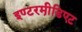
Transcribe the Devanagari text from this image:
इण्टरमी़डिएट